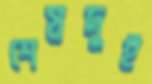
শেষদুই